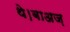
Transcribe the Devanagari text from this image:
थे।बाअज़